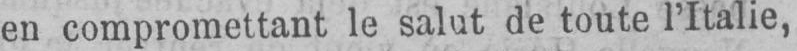
en compromettant le salut de toute l’Italie,